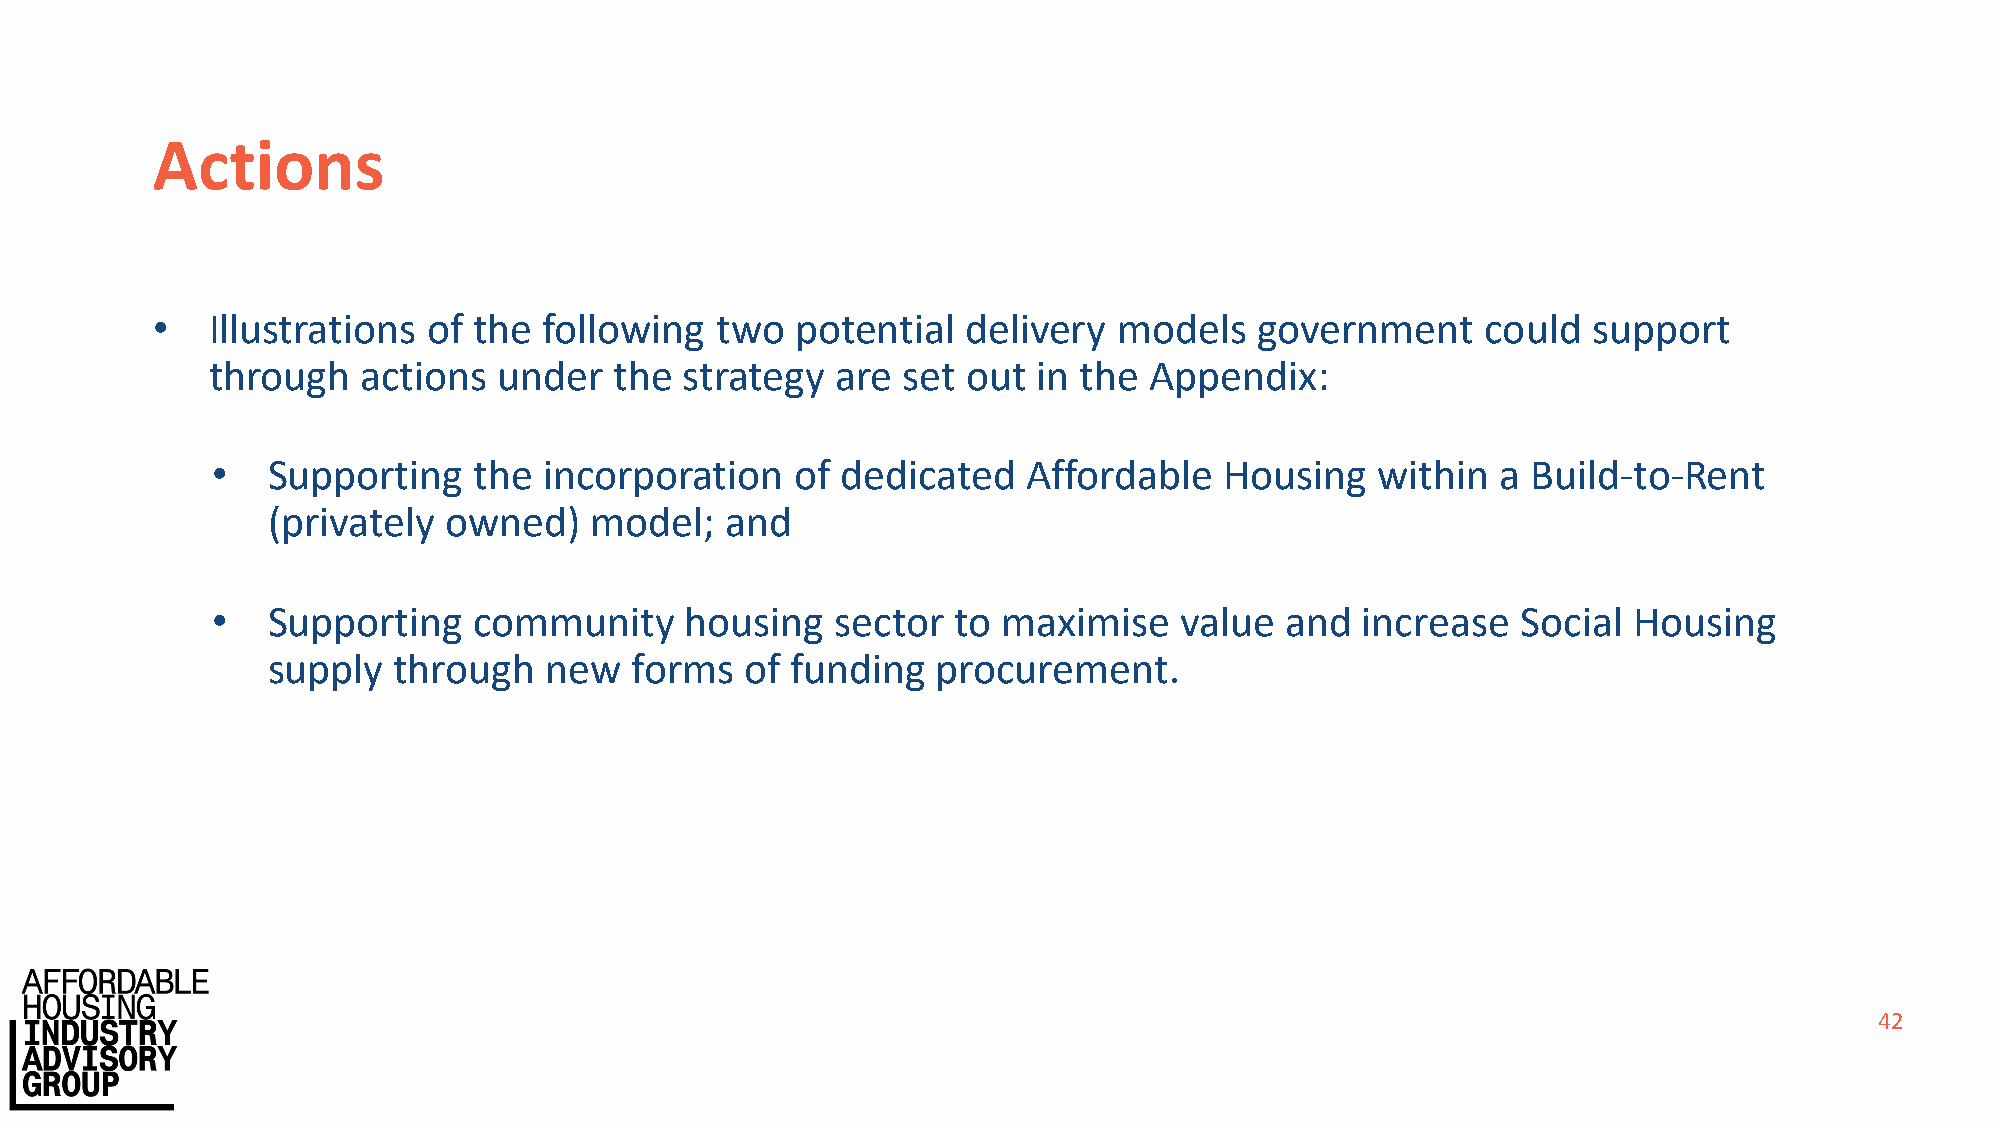
Actions
 •   Illustrations of the  following  two   potential  delivery  models   government     could  support
 through   actions  under   the strategy  are  set out  in the Appendix:
 •   Supporting   the  incorporation    of dedicated   Affordable   Housing   within  a Build-to-Rent
 (privately owned)    model;   and
 •   Supporting   community     housing   sector  to maximise    value  and  increase   Social Housing
 supply  through   new   forms  of funding   procurement.
 42